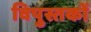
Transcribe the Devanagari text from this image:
विपुस्तकों